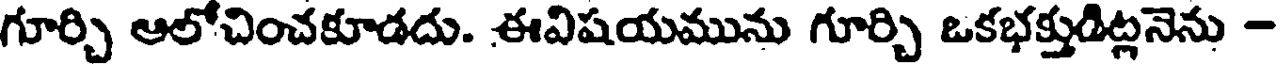
గూర్చి ఆలోచించకూడదు. ఈవిషయమును గూర్చి ఒకభక్తుడిట్లనెను -